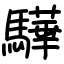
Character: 驊